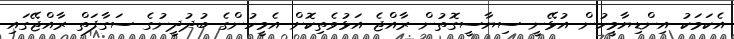
އެކަމަކު އިންޑިޔާމީހުން އުޅޭނީ ސިޔާސީގޮތުން ރާއްޖެ އަޅުވެތިކޮށް އެމީހުންގެ ބުދުދީނުގެ ސަގާފަތް ރާއްޖޭގައި